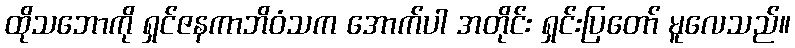
ထိုသဘောကို ရှင်ဇနကာဘိဝံသက အောက်ပါ အတိုင်း ရှင်းပြတော် မူလေသည်။